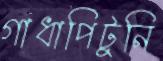
গাধাপিটুনি